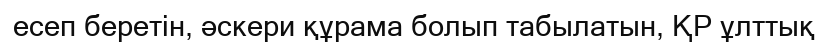
есеп беретін, әскери құрама болып табылатын, ҚР ұлттық